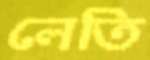
লেতি